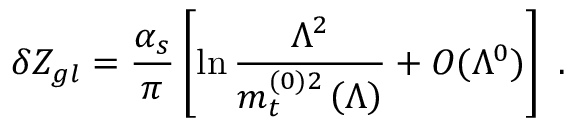
\delta Z _ { g l } = \frac { \alpha _ { s } } { \pi } \left[ \ln \frac { \Lambda ^ { 2 } } { m _ { t } ^ { ( 0 ) 2 } \left( \Lambda \right) } + { \cal { O } } ( \Lambda ^ { 0 } ) \right] \ .